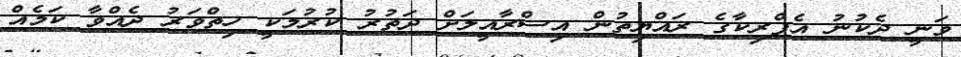
ވަނީ ދެކުނު އެފްރިކާގެ ރައްޔިތުން އިސްރާއީލަށް ދަތުރު ކުރުމަކީ ހިތްވަރު ދެއްވާ ކަމެއް